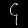
Digit: ၄